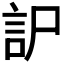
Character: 𧥤